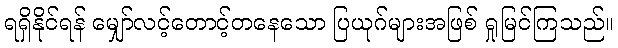
ရရှိနိုင်ရန် မျှော်လင့်တောင့်တနေသော ပြယုဂ်များအဖြစ် ရှုမြင်ကြသည်။